Lunatic asylums in Bengal annual reports 1912-1924 - 1912-1924
Year: 1912
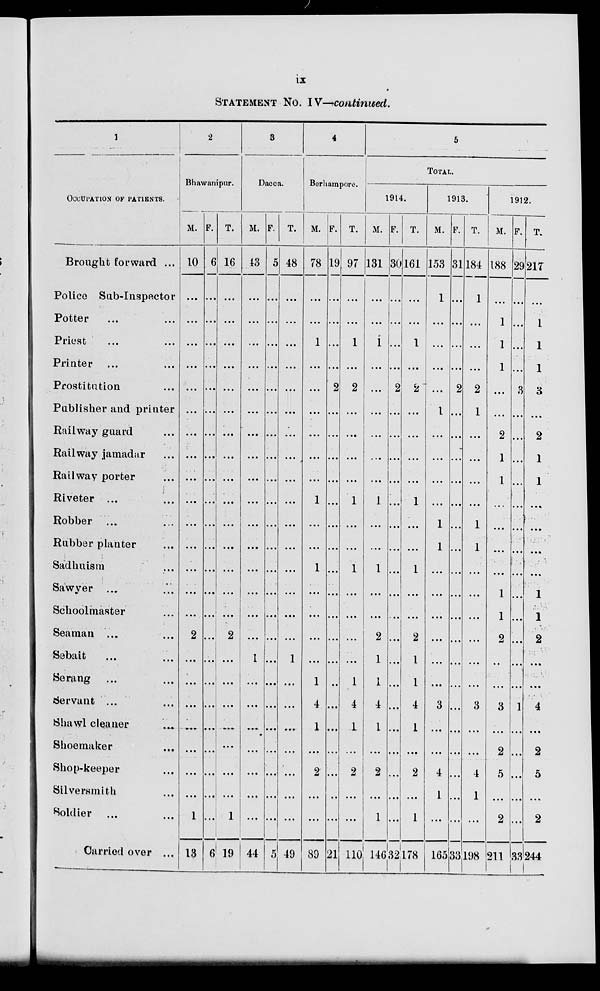
ix
STATEMENT NO. IV—continued.
1
OCCUPATION OF PATIENTS.
Brought forward ...
Police Sub-Inspector
Potter ... ...
Priest ... ...
Printer ... ...
Prostitution ... ...
Publisher and printer ...
Railway guard ...
Railway jamandar ...
Railway porter ...
Riveter ...
Robber ... ...
Rubber planter ...
Sadhuism ...
Sawyer ... ...
Schoolmaster ...
Seaman ... ...
Sebait ... ...
Serang ... ...
Servant ... ...
Shawl cleaner ... ...
Shoemaker ...
Shop-keeper ...
Silversmith ...
Soldier ... ...
Carried over ...
2
Bhawanipur.
M.
10
...
...
...
...
...
...
...
...
...
...
...
...
...
...
...
2
...
...
...
...
...
...
...
1
13
F.
6
...
...
...
...
...
...
...
...
...
...
...
...
...
...
...
...
...
...
...
...
...
...
...
...
6
T.
16
...
...
...
...
...
...
...
...
...
...
...
...
...
...
...
2
...
...
...
...
...
...
...
1
19
3
Dacca.
M.
43
...
...
...
...
...
...
...
...
...
...
...
...
...
...
...
...
1
. ..
...
...
...
...
...
...
44
F.
5
...
...
...
...
...
...
...
...
...
...
...
...
...
...
...
...
...
...
...
...
...
...
...
...
5
T.
48
...
...
...
...
...
...
...
...
...
...
...
...
...
. ..
...
...
1
...
...
...
...
...
...
...
49
4
Berhampore.
M.
78
...
...
1
...
...
...
...
...
...
1
...
...
1
...
...
...
...
1
4
1
...
2
...
...
89
F.
19
...
...
...
...
2
...
...
...
...
. ..
...
...
...
...
...
...
...
...
...
...
...
...
...
...
21
T.
97
...
...
1
...
2
...
...
...
...
1
...
...
1
...
...
...
...
1
4
1
...
2
...
...
110
5
TOTAL.
1914.
M.
131
...
...
1
...
...
...
...
...
...
1
...
...
1
...
...
2
1
1
4
1
...
2
...
1
146
F.
30
...
...
...
...
2
...
...
...
...
...
...
...
...
...
...
...
...
...
...
...
...
. ..
. ..
...
32
T.
161
...
...
1
...
2
...
...
...
...
1
...
...
1
...
...
2
1
1
4
1
...
2
...
1
178
1913.
M.
153
1
...
...
...
...
1
...
...
...
...
1
1
...
...
...
...
...
3
...
...
4
1
...
165
F.
31
...
...
...
...
2
...
...
...
...
...
...
...
...
...
...
...
...
...
...
...
...
...
...
33
T.
184
1
...
...
...
2
1
...
...
...
...
1
1
...
...
...
...
...
3
...
...
4
1
...
1,198
1912.
M.
188
...
1
1
1
...
...
2
1
1
...
...
...
...
1
1
2
...
...
3
...
2
5
...
2
211
F.
29
...
...
...
...
3
...
...
...
...
...
...
...
...
...
...
...
...
...
1
. ..
...
...
...
...
33
T.
21T
...
1
1
1
3
...
2
1
1
...
...
...
...
1
1
2
...
...
4
...
2
...
...
2
244